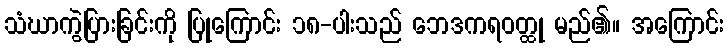
သံဃာကွဲပြားခြင်းကို ပြုကြောင်း ၁၈-ပါးသည် ဘေဒကရဝတ္ထု မည်၏။ အကြောင်း